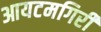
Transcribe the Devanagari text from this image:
आयटमगिरी